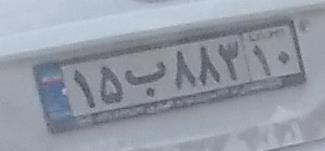
۱۵ب۸۸۳۱۰